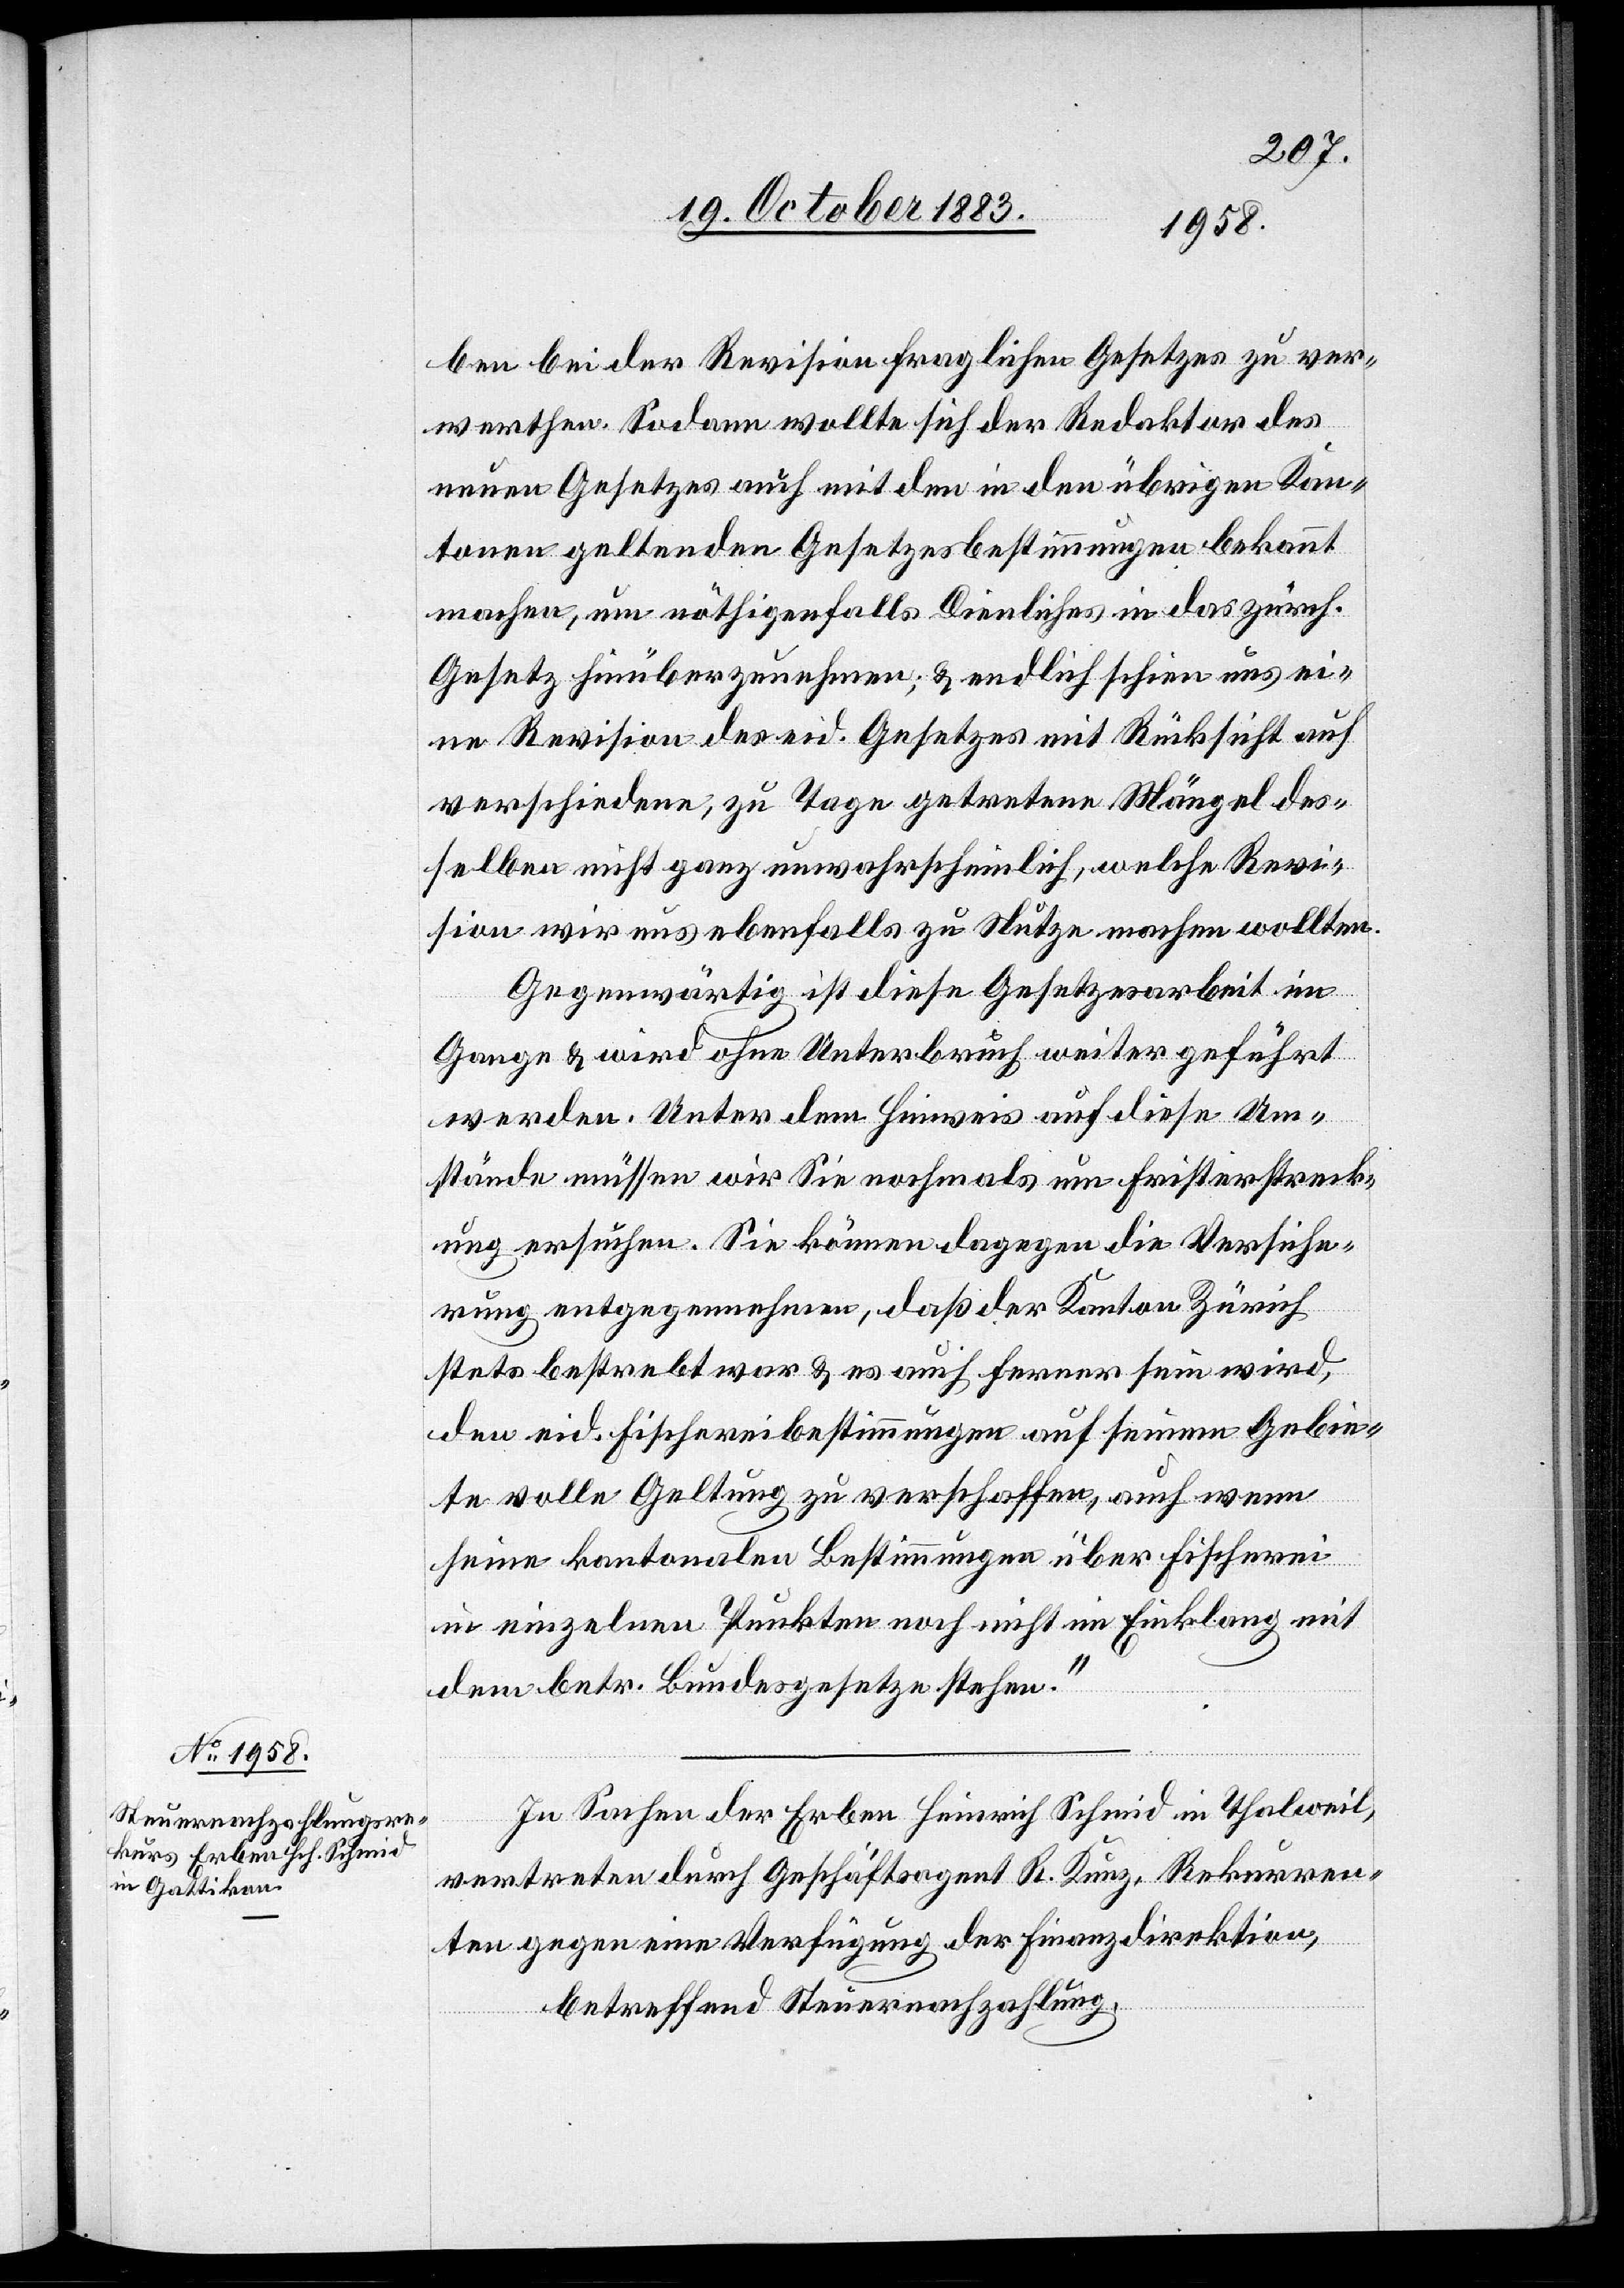
ben bei der Revision fraglichen Gesetzes zu ver¬
werthen. Sodann wollte sich der Redaktor des
neuen Gesetzes auch mit den in den übrigen Kan¬
tonen geltenden Gesetzesbestimmungen bekannt
machen, um nöthigenfalls Dienliches in das zürch.
Gesetz hinüberzunehmen; & endlich schien uns ei¬
ne Revision des eid. Gesetzes mit Rücksicht auf
verschiedene, zu Tage getretene Mängel des¬
selben nicht ganz unwahrscheinlich, welche Revi¬
sion wir uns ebenfalls zu Nutze machen wollten.
Gegenwärtig ist diese Gesetzesarbeit im
Gange & wird ohne Unterbruch weitergeführt
werden. Unter dem Hinweis auf diese Um¬
stände müssen wir Sie nochmals um Fristerstreck¬
ung ersuchen. Sie können dagegen die Versiche¬
rung entgegennehmen, daß der Kanton Zürich
stets bestrebt war & es auch ferner sein wird,
den eid. Fischereibestimmungen auf seinem Gebie¬
te volle Geltung zu verschaffen, auch wenn
seine kantonalen Bestimmungen über Fischerei
in einzelnen Punkten noch nicht im Einklang mit
dem betr. Bundesgesetze stehen.“
In Sachen der Erben Heinrich Schmid in Thalweil,
vertreten durch Geschäftsagent R. Kunz, Rekurren¬
ten gegen eine Verfügung der Finanzdirektion,
betreffend Steuernachzahlung,